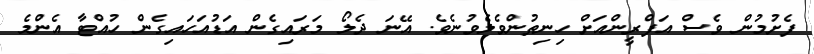
ފެށުމުން ވެސް އަފްރީންއަށް ހިނިތުންވެލެވުނެވެ. އޭނަ ދެލޯ މަރައިގެން އަޑުއަހައިގެން ހުއްޓާ އެންމެ